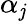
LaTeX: \alpha_{\mathit{j}}